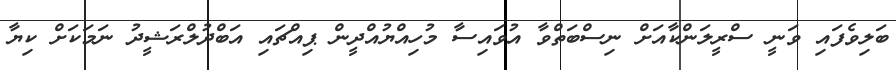
ބަލިވެފައި ވަނީ ސްރީލަންކާއަށް ނިސްބަތްވާ އުވައިސާ މުހިއްޔުއްދީން ޕިއްޗައި އަބްދުލްރަޝީދު ނަމަކަށް ކިޔާ